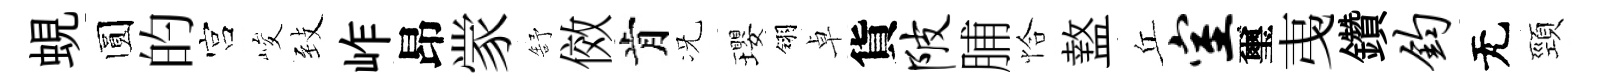
蜆圆的宫峻𦤺岞昂䝉舒傚肯况瓔翎卓貨陂脯恰盩丘室璽𢎯鑽钧无頸